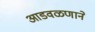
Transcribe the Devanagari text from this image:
आडवळणाने